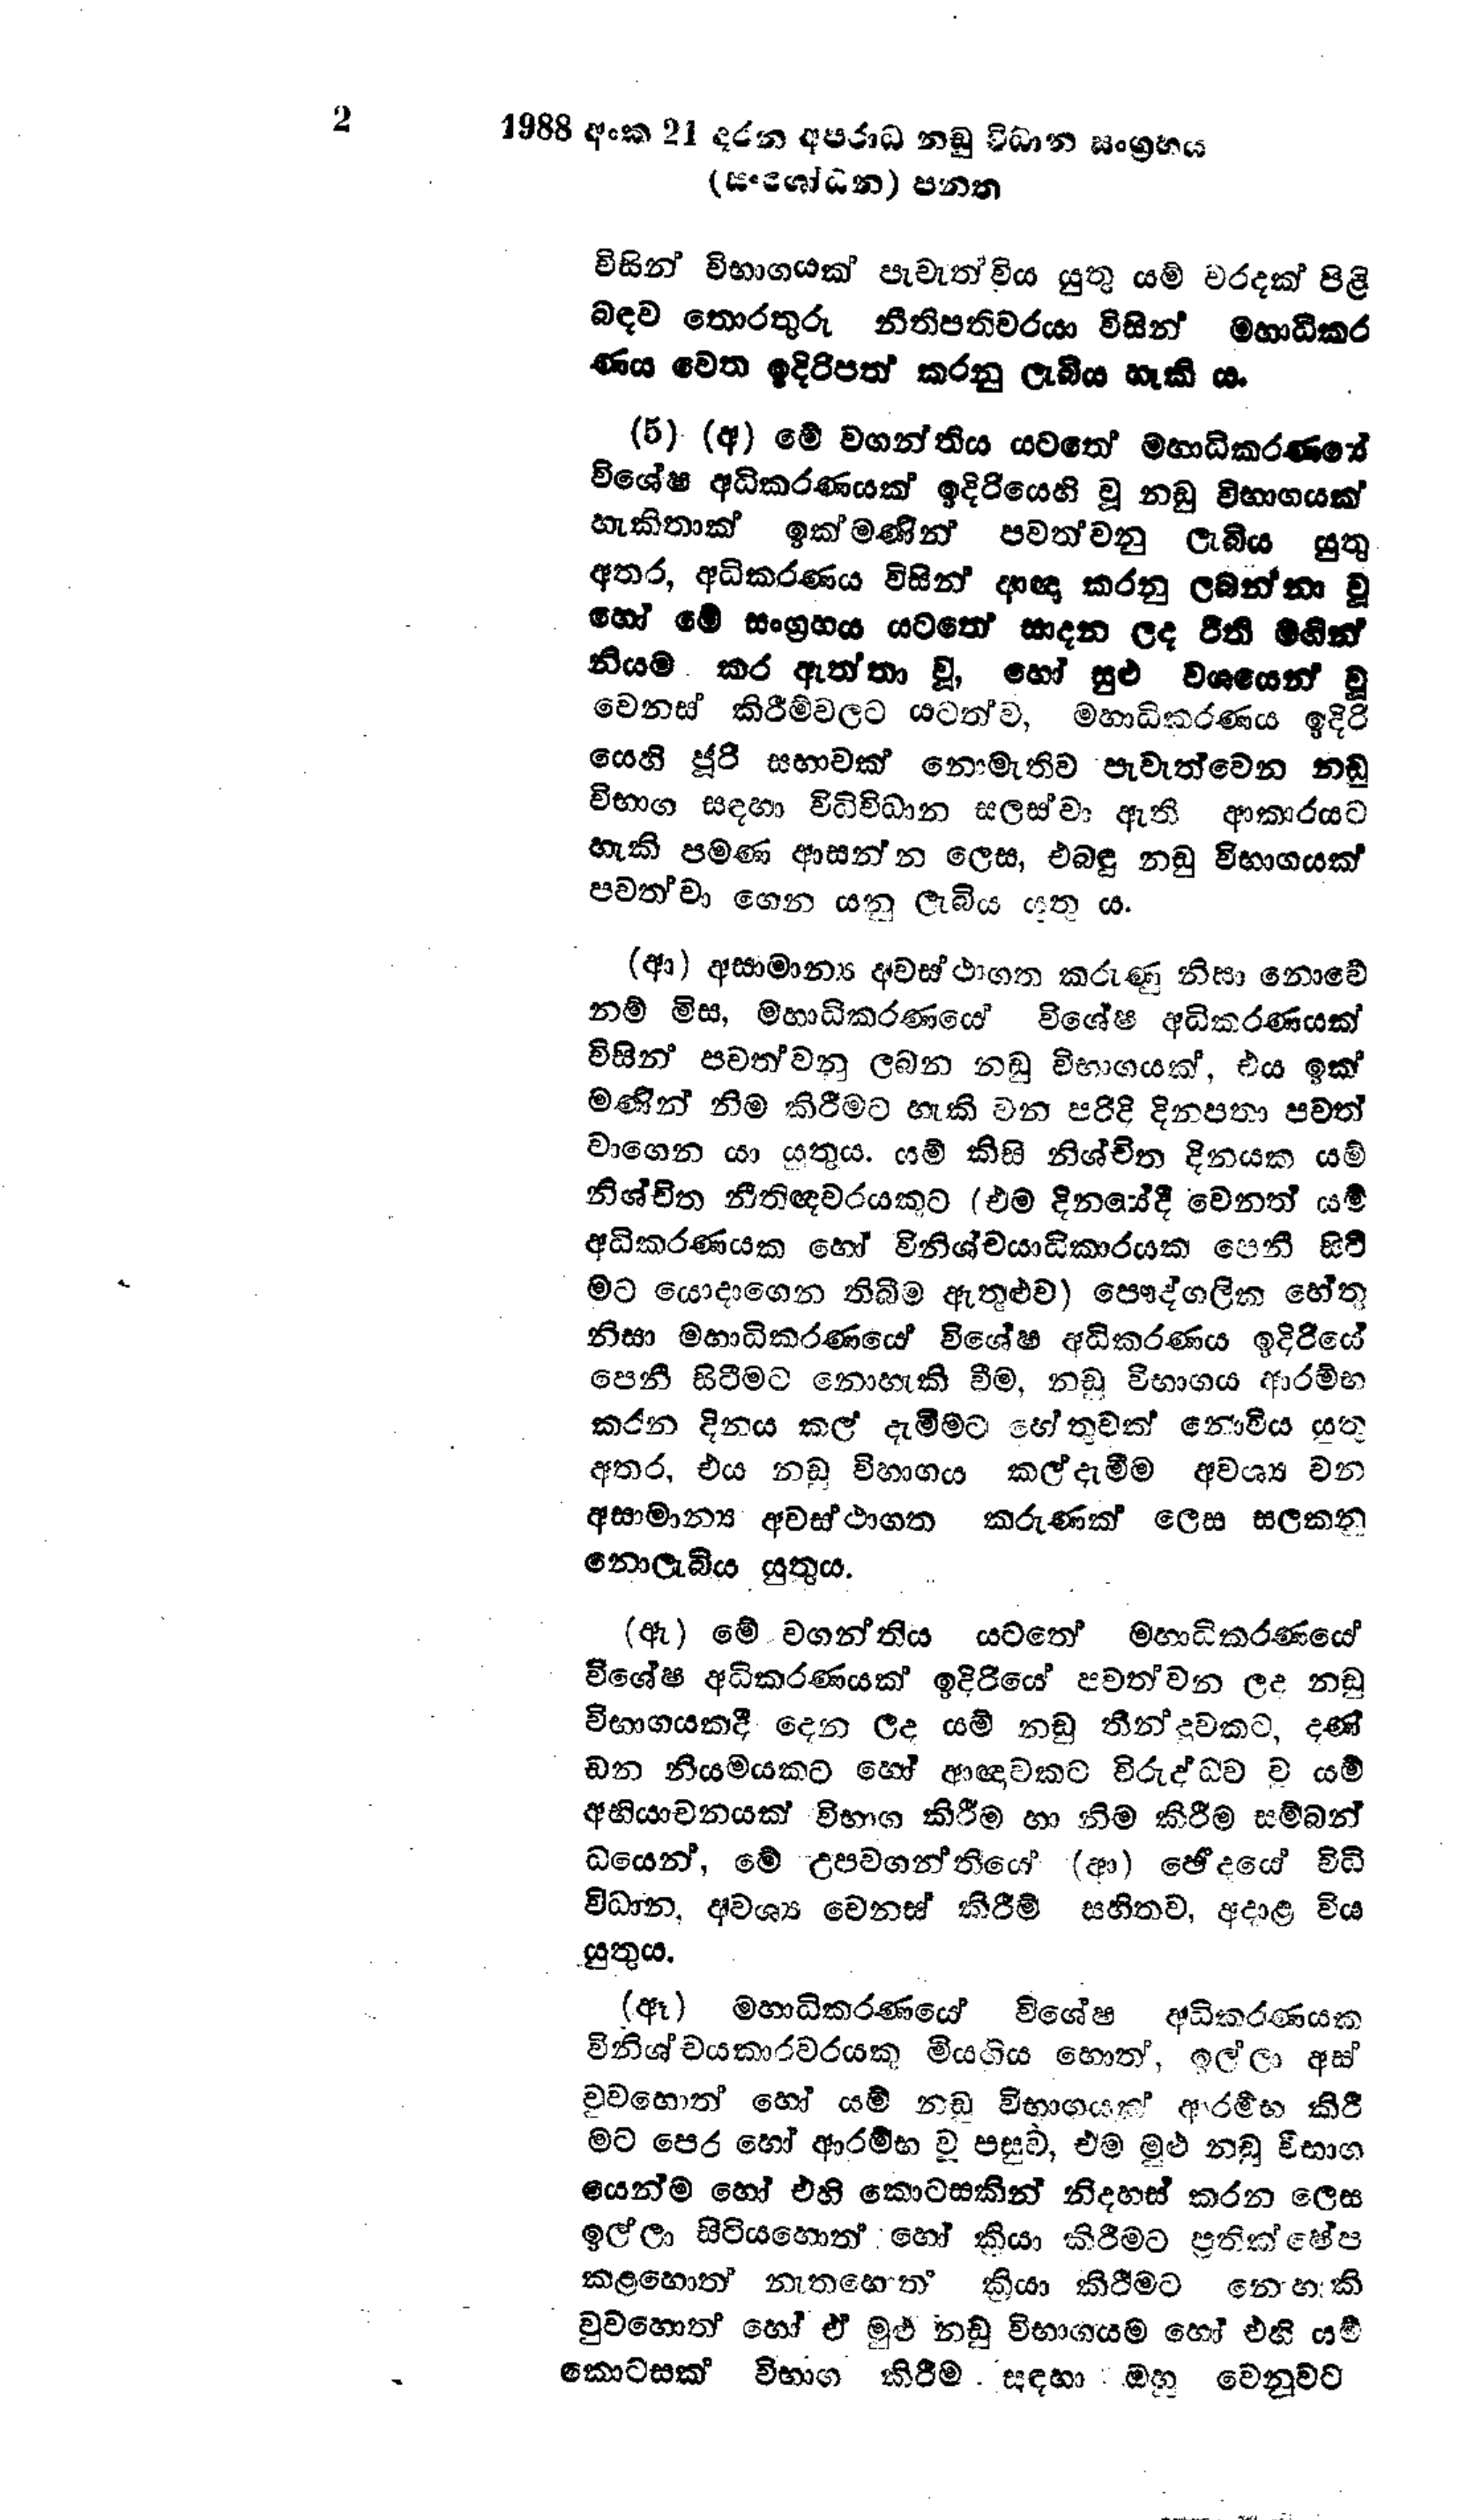
2 1988 අංක 21 දරන අපරාධ නඩු විධාන සංග්‍රහය
(සංශෝධන) පනත

විසින් විභාගයක් පැවැත්විය යුතු යම් වරදක් පිළි
බඳව තොරතුරු නීතිපතිවරයා විසින් මහාධිකර
ණය වෙත ඉදිරිපත් කරනු ලැබිය හැකි ය.

(5) (අ) මේ වගන්තිය යටතේ මහාධිකරණයේ
විශේෂ අධිකරණයක් ඉදිරියෙහි වූ නඩු විභාගයක්
හැකිතාක් ඉක්මණින් පවත්වනු ලැබිය යුතු
අතර, අධිකරණය විසින් ආඥා කරනු ලබන්නා වූ
හෝ මේ සංග්‍රහය යටතේ සාදන ලද රිති මඟින්
නියම කර ඇත්තා වූ, හෝ සුළු වශයෙන් වූ
වෙනස් කිරීම් වලට යටත්ව, මහාධිකරණය ඉදිරි
යෙහි ජූරි සභාවක් නොමැතිව පැවැත්වෙන නඩු
විභාග සඳහා විධිවිධාන සලස්වා ඇති ආකාරයට
හැකි පමණ ආසන්න ලෙස, එබඳු නඩු විභාගයක්
පවත්වා ගෙන යනු ලැබිය යුතු ය.

(ආ) අසාමාන්‍ය අවස්ථාගත කරුණු නිසා නොවේ
නම් මිස, මහාධිකරණයෙ විශේෂ අධිකරණයක්
විසින් පවත්වනු ලබන නඩු විභාගයක්, එය ඉක්
මණින් නිම කිරීමට හැකි වන පරිදි දිනපතා පවත්
වාගෙන යා යුතුය. යම් කිසි නිශ්චිත දිනයක යම්
නිශ්චිත නීතිඥවරයකුට (එම දිනයේදී වෙනත් යම්
අධිකරණයක හෝ විනිශ්චයාධිකාරයක පෙනී සිටී
මට යොදාගෙන තිබීම ඇතුළුව) පෞද්ගලික හේතු
නිසා මහාධිකරණයේ විශේෂ අධිකරණය ඉදිරියේ
පෙනී සිටීමට නොහැකි වීම, නඩු විභාගය ආරම්භ
කරන දිනය කල් දැමීමට හේතුවක් නොවිය යුතු
අතර, එය නඩු විභාගය කල් දැමීම අවශ්‍ය වන
අසාමාන්‍ය අවස්ථාගත කරුණක් ලෙස සලකනු
නොලැබිය යුතුය.

(ඇ) මේ වගන්තිය යටතේ මහාධිකරණයේ
විශේෂ අධිකරණයක් ඉදිරියේ පවත්වන ලද නඩු
විභාගයකදී දෙන ලද යම් නඩු තීන්දුවකට, දණ්
ඩන නියමයකට හෝ ආඥාවකට විරුද්ධව වූ යම්
අභියාචනයක් විභාග කිරීම හා නිම කිරීම සම්බන්
ධයෙන්, මේ උපවගන්තියේ (ආ) ඡේදයේ විධි
විධාන, අවශ්‍ය වෙනස් කිරීම් සහිතව, අදාළ විය
යුතුය.

(ඈ) මහාධිකරණයේ විශේෂ අධිකරණයක
විනිශ්චයකාරවරයෙකු මියගිය හොත්, ඉල්ලා අස්
වුවහොත් හෝ යම් නඩු විභාගයක් ආරම්භ කිරී
මට පෙර හෝ ආරම්භ වූ පසුව, එම මුළු නඩු විභාග
යෙන්ම හෝ එහි කොටසකින් නිදහස් කරන ලෙස
ඉල්ලා සිටියහොත් හෝ කියා කිරීමට ප්‍රතික්ෂේප
කළහොත් නැතහොත ක්‍රියා කිරීමට නොහැකි
වුවහොත් හෝ ඒ මුළු නඩු විභාගයම හෝ එහි යම්
කොටසක් විභාග කිරීම සඳහා ඔහු වෙනුවට